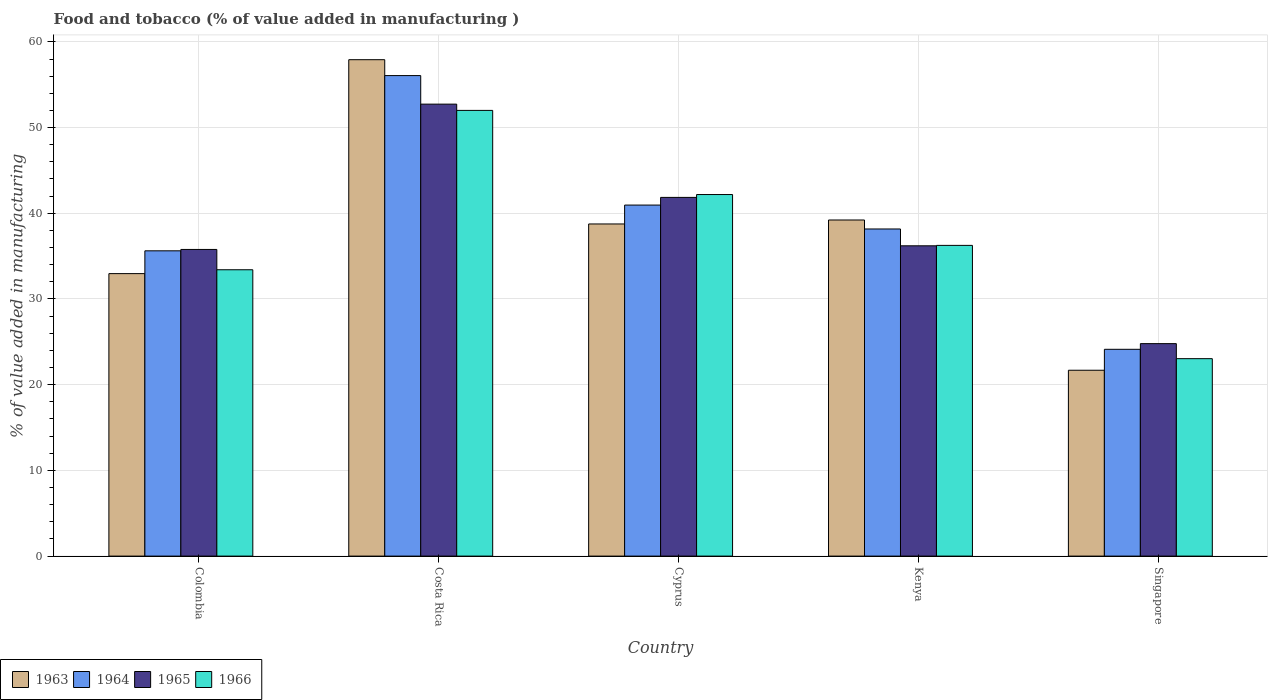
| Country | 1963 | 1964 | 1965 | 1966 |
 | --- | --- | --- | --- | --- |
 | Colombia | 33 | 35.6 | 35.8 | 33.4 |
 | Costa Rica | 57.9 | 56.1 | 52.7 | 52 |
 | Cyprus | 38.8 | 41 | 41.9 | 42.2 |
 | Kenya | 39.2 | 38.2 | 36.2 | 36.3 |
 | Singapore | 21.7 | 24.1 | 24.8 | 23 |